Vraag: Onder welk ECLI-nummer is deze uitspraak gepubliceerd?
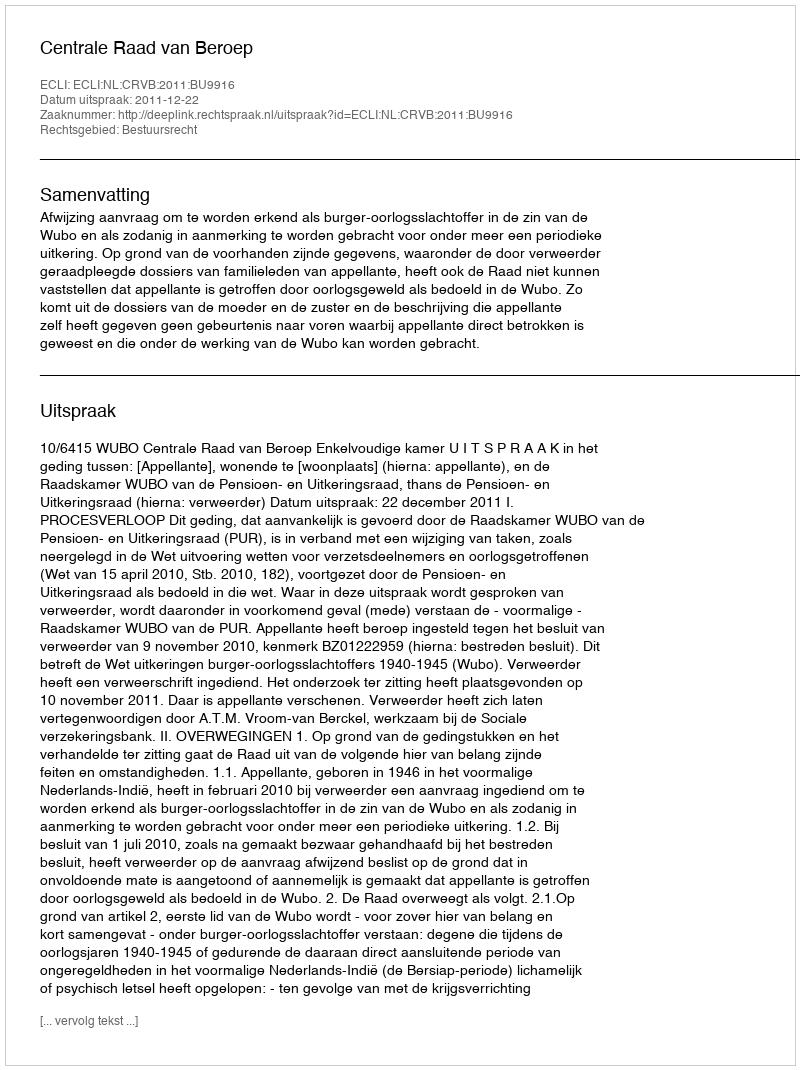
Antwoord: ECLI:NL:CRVB:2011:BU9916